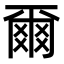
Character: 爾